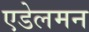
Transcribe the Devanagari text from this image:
एडेलमन